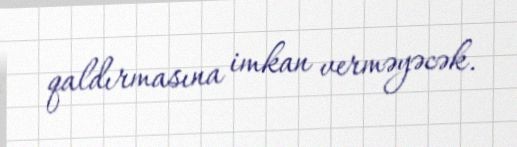
qaldırmasına imkan verməyəcək.